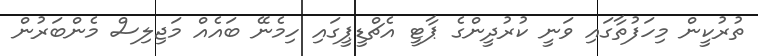
ތުރުކީން މިހަފުތާގައި ވަނީ ކުރުދީންގެ ޕާޓީ އެޗްޑީޕީގައި ހިމެނޭ ބައެއް މަޖިލިސް މެންބަރުން